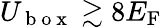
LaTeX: U_{\mathrm{~b~o~x~}}\gtrsim 8E_{\mathrm{F}}